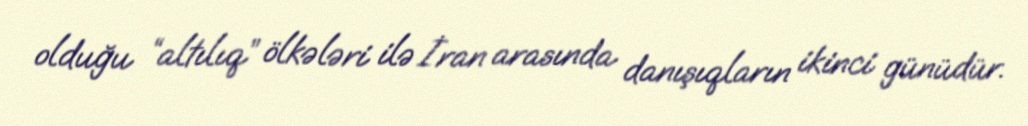
olduğu “altılıq” ölkələri ilə İran arasında danışıqların ikinci günüdür.